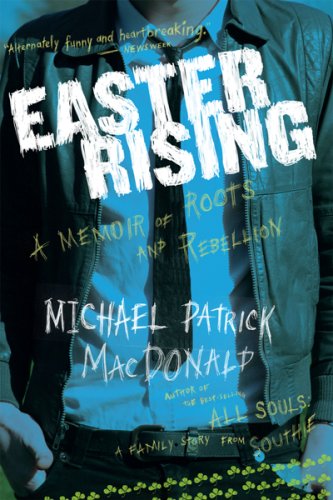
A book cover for Easter Rising: A Memoir of Roots and Rebellion; Michael Patrick MacDonald; Biographies & Memoirs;